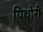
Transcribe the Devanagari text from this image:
पिथोरी